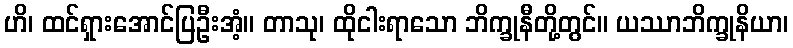
ဟိ၊ ထင်ရှားအောင်ပြဦးအံ့။ တာသု၊ ထိုငါးရာသော ဘိက္ခုနီတို့တွင်။ ယဿာဘိက္ခုနိယာ၊